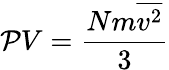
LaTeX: \mathcal{P}V={\frac{{Nm{\overline{{{v^{2}}}}}}}{{3}}}